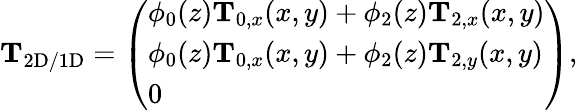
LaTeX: \begin{array}{r}{\mathbf{T}_{\mathrm{2D/1D}}=\left(\begin{array}{l}{\phi_{0}(z)\mathbf{T}_{0,x}(x,y)+\phi_{2}(z)\mathbf{T}_{2,x}(x,y)}\\ {\phi_{0}(z)\mathbf{T}_{0,x}(x,y)+\phi_{2}(z)\mathbf{T}_{2,y}(x,y)}\\ {0}\end{array}\right),}\end{array}